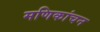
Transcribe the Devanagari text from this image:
मणिकांचन